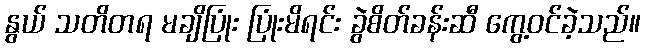
နွယ် သတိတရ မချိပြုံး ပြုံးမိရင်း ခွဲစိတ်ခန်းဆီ ကွေ့ဝင်ခဲ့သည်။